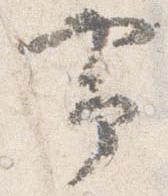
帯